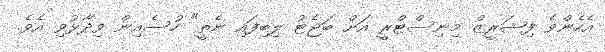
އެހެންވެ ފިޝަރީޒް މިނިސްޓްރީ އަށް ބަޖެޓު ލިބިފައި ނެތީ" ހުސެއިން ވިދާޅުވި އެވެ.